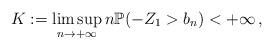
LaTeX: \begin{align*}K:=\limsup_{n\rightarrow +\infty} n\mathbb P(-Z_1>b_n)<+\infty\, ,\end{align*}